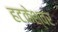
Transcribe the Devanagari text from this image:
हटकेश्वर